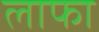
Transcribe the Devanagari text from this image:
लाफा